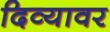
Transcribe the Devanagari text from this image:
दिव्यावर